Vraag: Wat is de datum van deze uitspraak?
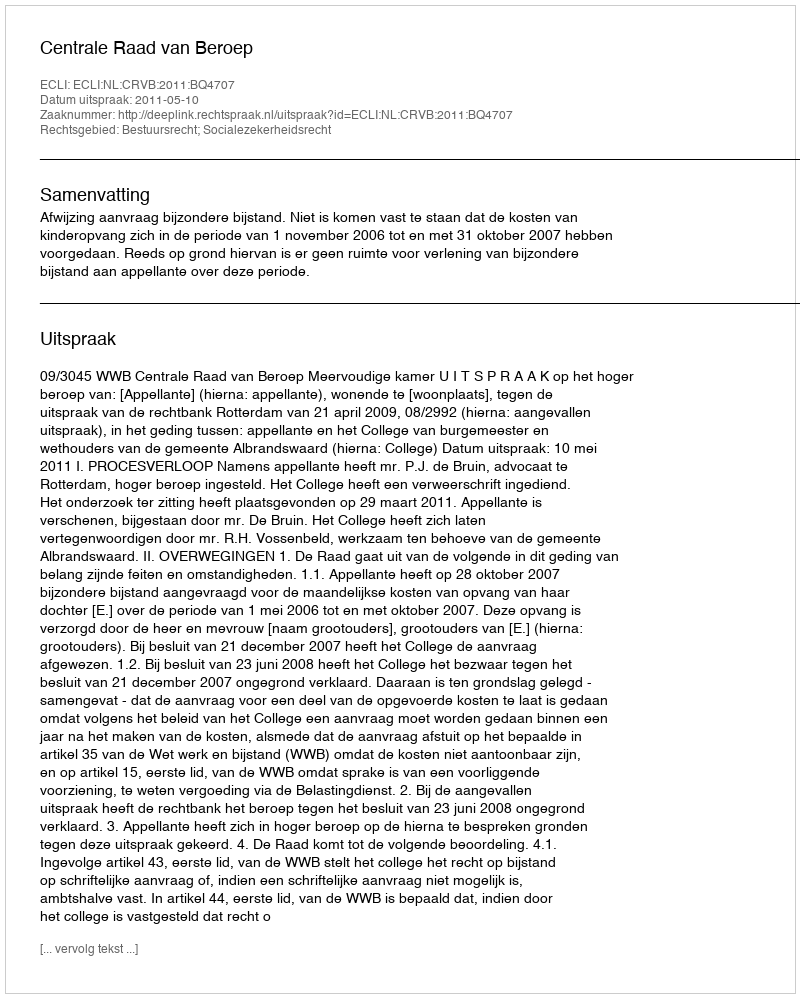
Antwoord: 2011-05-10